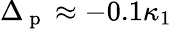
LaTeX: \Delta_{\mathrm{~p~}}\approx-0.1\kappa_{1}